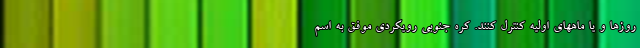
روزها و یا ماههای اولیه کنترل کنند. کره جنوبی رویکردی موفق به اسم